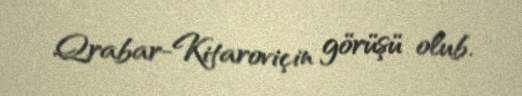
Qrabar-Kitaroviçin görüşü olub.